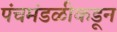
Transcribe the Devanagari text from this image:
पंचमंडळीकडून